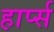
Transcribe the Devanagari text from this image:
हार्प्स